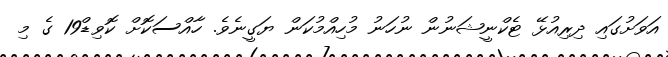
އަވަށުގައި ދިރިއުޅޭ ޓެކްނީޝަނުން ނުހަނު މުހިއްމުކަން ޔަގީނެވެ. ހާއްސަކޮށް ކޮވިޑް19 ގެ މި